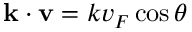
{ \bf k } \cdot { \bf v } = k v _ { F } \cos \theta